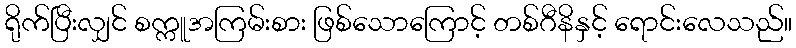
ရိုက်ပြီးလျှင် စက္ကူအကြမ်းစား ဖြစ်သောကြောင့် တစ်ဂီနိနှင့် ရောင်းလေသည်။